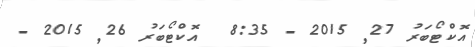
އޮކްޓޯބަރު 27